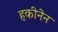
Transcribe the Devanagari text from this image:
हकीनेन